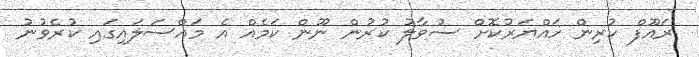
ރައޫފް ކުރިން ހައްޔަރުކޮށް ސުވާލު ކުރުން ނޫން ކަމެއް އެ މައްސަލައިގައި ކުރެވުނު